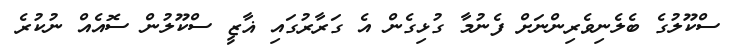
ސްކޫލުގެ ބެލެނިވެރިންނަށް ފެނުމާ ގުޅިގެން އެ ގަރާރުގައި ޣާޒީ ސްކޫލުން ސޮއެއް ނުކުރެ